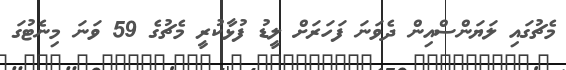
މެޗުގައި ލަޔަންސްއިން ދެވަނަ ފަހަރަށް ލީޑު ފުޅާކުރީ މެޗުގެ 59 ވަނަ މިނެޓުގަ